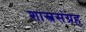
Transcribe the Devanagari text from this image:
शास्त्रसंग्रह